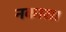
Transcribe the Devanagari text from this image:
नकारा।